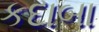
કદાબા